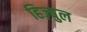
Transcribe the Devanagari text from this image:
हिज़्बुल